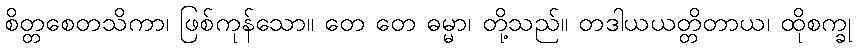
စိတ္တစေတသိကာ၊ ဖြစ်ကုန်သော။ တေ တေ ဓမ္မာ၊ တို့သည်။ တဒါယယတ္တိတာယ၊ ထိုစက္ခု